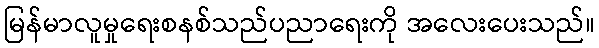
မြန်မာလူမှုရေးစနစ်သည်ပညာရေးကို အလေးပေးသည်။